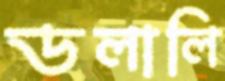
ডলালি